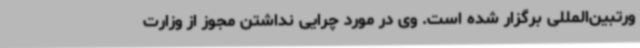
ورتبین‌المللی برگزار شده است. وی در مورد چرایی نداشتن مجوز از وزارت